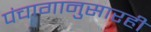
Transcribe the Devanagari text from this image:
पंचागानुसारही